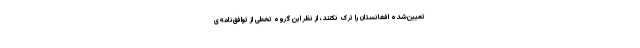
تعیین‌شده افغانستان را ترک نکنند، از نظر این گروه تخطی از توافق‌نامه‌ی